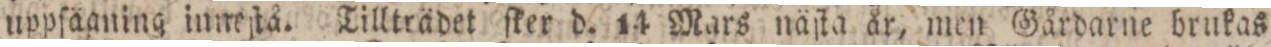
uppfägning inneſtå. Tillträdet ſker d. 14 Mars näſta år, men Gårdarne brukas